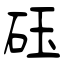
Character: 砡